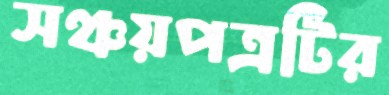
সঞ্চয়পত্রটির